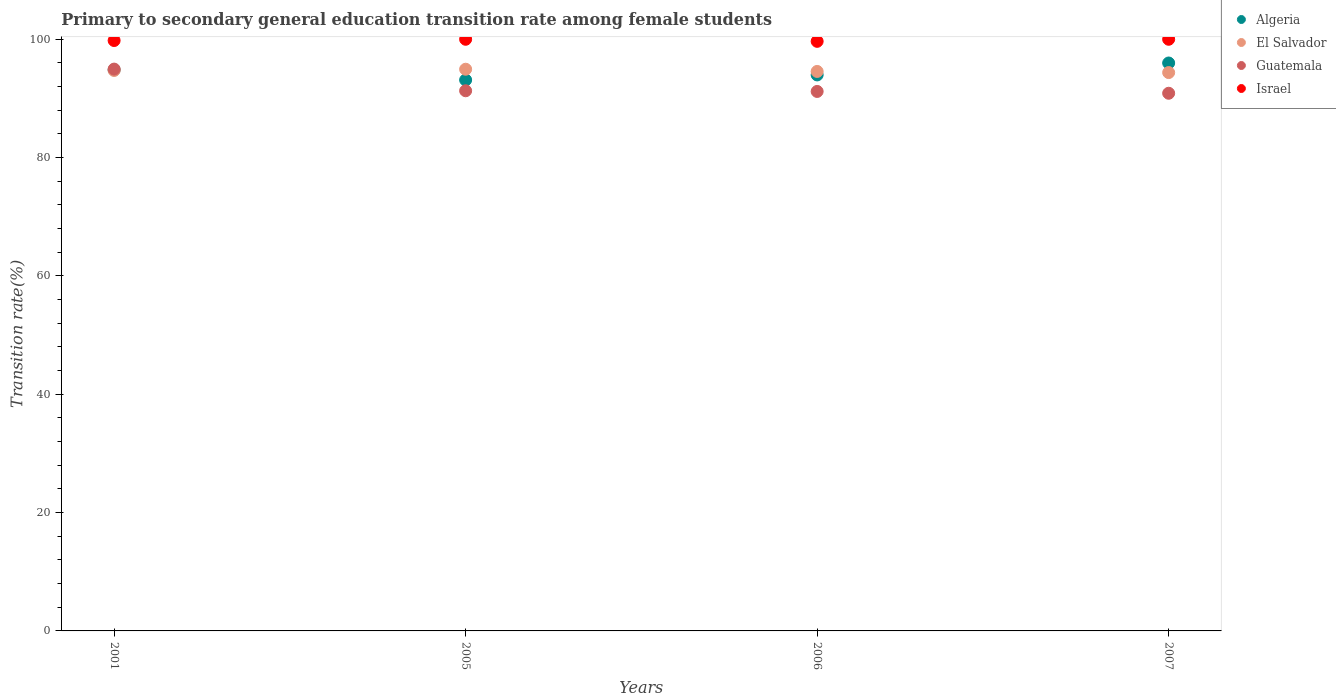
| Years | Algeria | El Salvador | Guatemala | Israel |
 | --- | --- | --- | --- | --- |
 | 2001 | 94.8 | 94.7 | 95 | 99.8 |
 | 2005 | 93.1 | 94.9 | 91.3 | 100 |
 | 2006 | 94 | 94.6 | 91.2 | 99.7 |
 | 2007 | 96 | 94.4 | 90.9 | 100 |